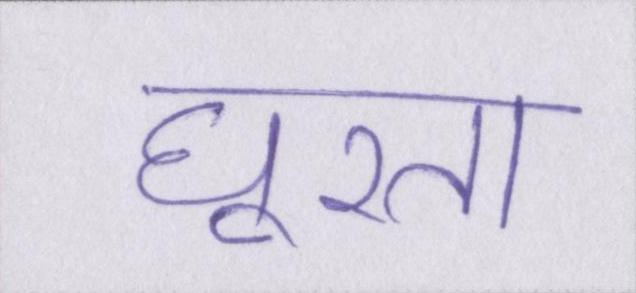
घूरता